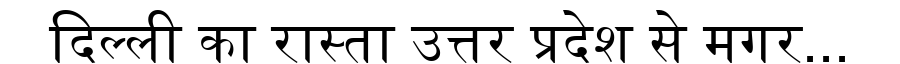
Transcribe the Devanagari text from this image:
दिल्ली का रास्ता उत्तर प्रदेश से मगर...